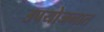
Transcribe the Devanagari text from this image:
उपयोजनात